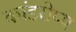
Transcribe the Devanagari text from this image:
कांडरोप्य